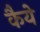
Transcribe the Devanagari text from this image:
कैये